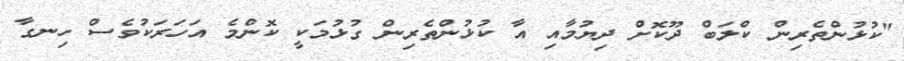
"ކުޅުންތެރިން ކްލަބް ދޫކޮށް ދިޔުމާއި އާ ކުޅުންތެރިން ގުޅުމަކީ ކޮންމެ އަހަރަކުވެސް ހިނގާ